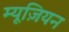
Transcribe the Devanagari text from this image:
म्यूज़ियन